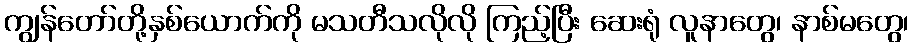
ကျွန်တော်တို့နှစ်ယောက်ကို မသတီသလိုလို ကြည့်ပြီး ဆေးရုံ လူနာတွေ၊ နာစ်မတွေ၊